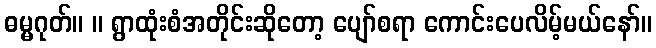
ဓမ္မဂုတ်။ ။ ရွာထုံးစံအတိုင်းဆိုတော့ ပျော်စရာ ကောင်းပေလိမ့်မယ်နော်။